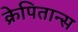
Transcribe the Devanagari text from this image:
क्रेपितान्स